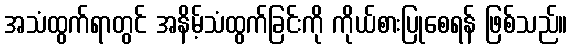
အသံထွက်ရာတွင် အနိမ့်သံထွက်ခြင်းကို ကိုယ်စားပြုစေရန် ဖြစ်သည်။